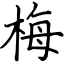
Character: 梅